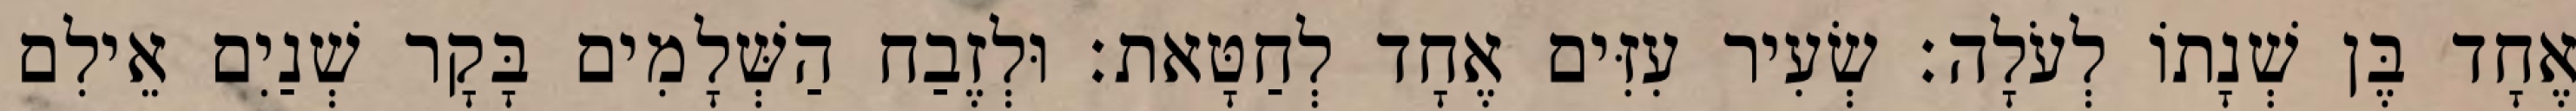
אֶחָד בֶּן שְׁנָתוֹ לְעֹלָה׃ שְׂעִיר עִזִּים אֶחָד לְחַטָּאת׃ וּלְזֶבַח הַשְּׁלָמִים בָּקָר שְׁנַיִם אֵילִם